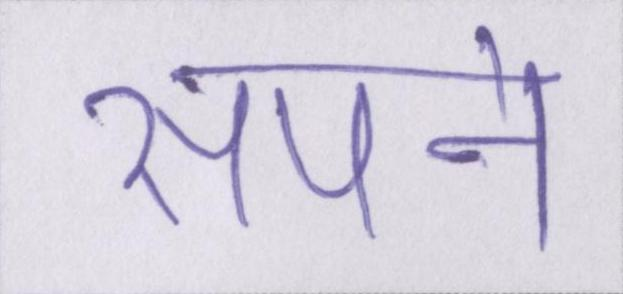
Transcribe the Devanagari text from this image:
सपने